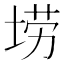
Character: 𫭼